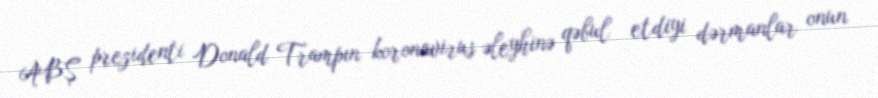
ABŞ prezidenti Donald Trampın koronavirus əleyhinə qəbul etdiyi dərmanlar onun